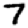
Digit: 7